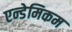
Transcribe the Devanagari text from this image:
एन्डेमिकम